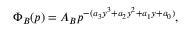
\Phi _ { B } ( p ) = A _ { B } p ^ { - ( a _ { 3 } y ^ { 3 } + a _ { 2 } y ^ { 2 } + a _ { 1 } y + a _ { 0 } ) } ,